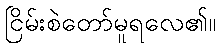
ငြိမ်းစဲတော်မူရလေ၏။